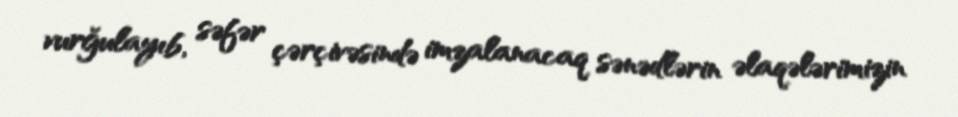
vurğulayıb, səfər çərçivəsində imzalanacaq sənədlərin əlaqələrimizin